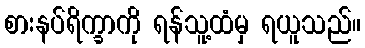
စားနပ်ရိက္ခာကို ရန်သူ့ထံမှ ရယူသည်။